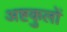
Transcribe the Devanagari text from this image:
अष्टकुलों